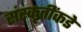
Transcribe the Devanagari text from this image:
संस्कृतींकडे